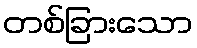
တစ်ခြားသော